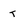
Character: T